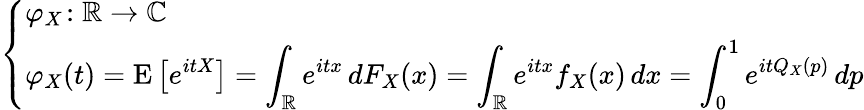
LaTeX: \left\{ \begin{array}{ll}{\displaystyle\varphi_{X}\! :\mathbb{R}\to\mathbb{C}}\\ {\displaystyle\varphi_{X}(t)=\operatorname{E}\left[e^{itX}\right]=\int_{\mathbb{R}}e^{itx}\, dF_{X}(x)=\int_{\mathbb{R}}e^{itx}f_{X}(x)\, dx=\int_{0}^{1}e^{itQ_{X}(p)}\, dp}\end{array}\right.